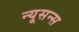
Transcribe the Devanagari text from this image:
न्यूसन्स